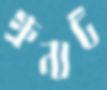
গ্রুনাট